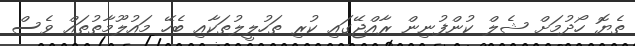
ތެޔޮ ހޯދުމަށް ޝެލް ކުންފުނިން ރާއްޖޭގައި ކުރި ތަހުލީލުތަކާއި ބެހޭ މައުލޫމާތުތައް ވެސް